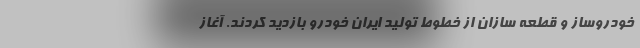
خودروساز و قطعه سازان از خطوط تولید ایران خودرو بازدید کردند. آغاز